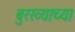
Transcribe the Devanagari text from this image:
बुरख्याच्या